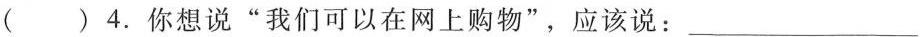
( ) 4. 你想说“ 我们可以在网上购物" ,应该说：___